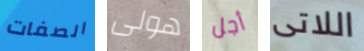
الصفات هولى أجل اللاتى